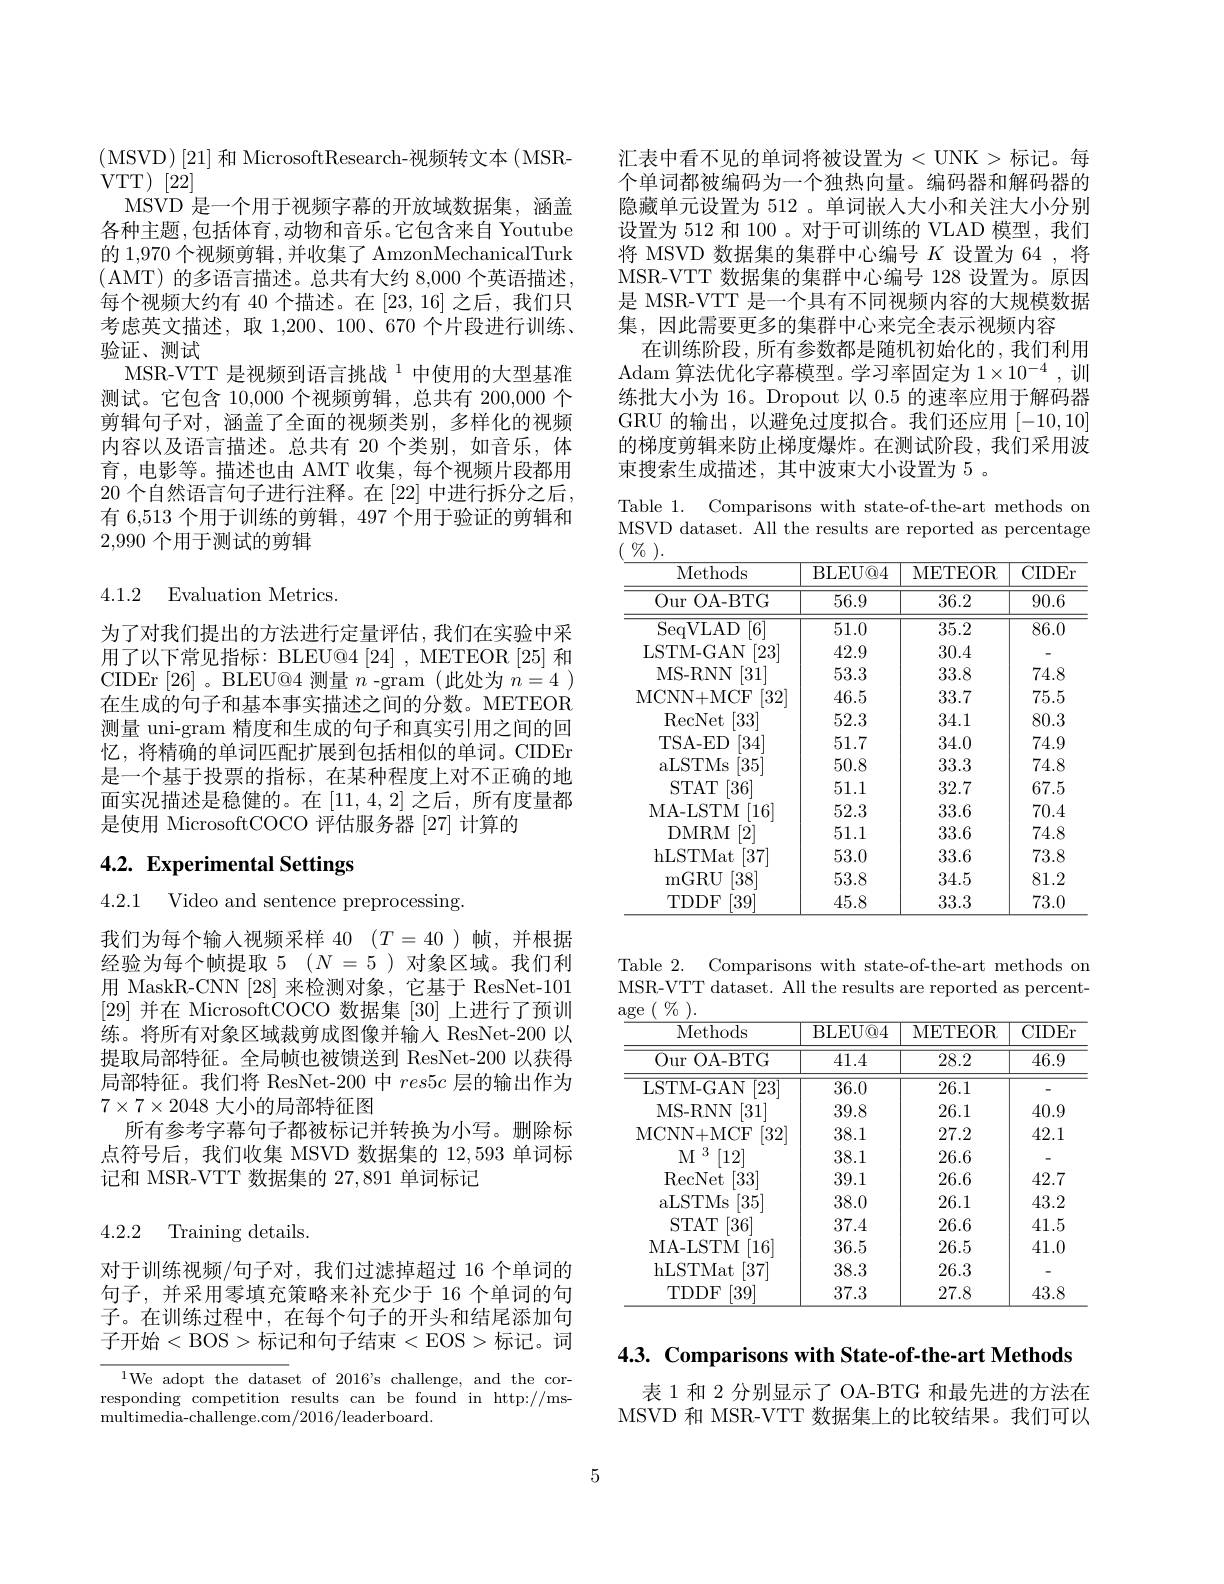
(MSVD)[21]和 MicrosoftResearch-视频转文本(MSR-
VTT$) [ 2\dot{2} ]$
MSVD 是一个用于视频字幕的开放域数据集，涵盖各种主题，包括体育，动物和音乐。它包含来自 Youtube 的 1,970 个视频剪辑 ,并收集了 AmzonMechanicalTurk (AMT)的多语言描述。总共有大约 8,000个英语描述， 每个视频大约有 40 个描述。在[23,16]之后，我们只考虑英文描述，取 1,200、100、670 个片段进行训练、 验证、测试
MSR-VTT 是视频到语言挑战$^{1}$中使用的大型基准测试。它包含10，000个视频剪辑，总共有 200,000 个剪辑句子对，涵盖了全面的视频类别，多样化的视频内容以及语言描述。总共有 20 个类别，如音乐，体育，电影等。描述也由 AMT 收集，每个视频片段都用20 个自然语言句子进行注释。在[22]中进行拆分之后， 有 6,513 个用于训练的剪辑，497 个用于验证的剪辑和2,990个用于测试的剪辑

4.1.2 Evaluation Metrics.

为了对我们提出的方法进行定量评估，我们在实验中采用了以下常见指标：BLEU@4[24], METEOR[25] 和CIDEr [26]。BLEU@4 测量$n$ -gram (此处为$n=4$ ) 在生成的句子和基本事实描述之间的分数。METEOR 测量 uni-gram 精度和生成的句子和真实引用之间的回忆，将精确的单词匹配扩展到包括相似的单词。CIDEr 是一个基于投票的指标，在某种程度上对不正确的地面实况描述是稳健的。在[11,4,2]之后，所有度量都是使用 MicrosoftCOCO 评估服务器 [27] 计算的

# 4.2. Experimental Settings

4.2.1 Video and sentence preprocessing.

我们为每个输人视频采样40 $( T= 40)$帧，并根据经验为每个帧提取 5 $(N=5$ )对象区域。我们利用 MaskR-CNN [28] 来检测对象，它基于 ResNet-101 [29]并在 MicrosoftCOCO 数据集[30]上进行了预训练。将所有对象区域裁剪成图像并输人 ResNet-200 以提取局部特征。全局帧也被馈送到 ResNet-200 以获得局部特征。我们将 ResNet-200 中$res5c$层的输出作为$7\times7\times2048$大小的局部特征图
所有参考字幕句子都被标记并转换为小写。删除标点符号后，我们收集 MSVD 数据集的 12,593 单词标记和 MSR-VTT 数据集的 27,891 单词标记

4.2.2 Training details

对于训练视频/句子对，我们过滤掉超过 16 个单词的句子，并采用零填充策略来补充少于 16 个单词的句子。在训练过程中，在每个句子的开头和结尾添加句子开始<BOS>标记和句子结束<EOS>标记。词

$^{1}$We adopt the dataset of 2016's challenge, and the corresponding competition results can be found in http://ms- ${\mathrm{multimedia-challenge.com/2016/leaderboard.}}$

汇表中看不见的单词将被设置为<UNK>标记。每个单词都被编码为一个独热向量。编码器和解码器的隐藏单元设置为 512 。单词嵌人大小和关注大小分别设置为 512 和 100 。对于可训练的 VLAD 模型，我们将 MSVD 数据集的集群中心编号$K$设置为 64 ,将MSR-VTT 数据集的集群中心编号 128 设置为。原因是 MSR-VTT 是一个具有不同视频内容的大规模数据集，因此需要更多的集群中心来完全表示视频内容
在训练阶段，所有参数都是随机初始化的，我们利用Adam 算法优化字幕模型。学习率固定为$1\times10^{-4}$,训练批大小为 16。Dropout 以 0.5 的速率应用于解码器GRU 的输出，以避免过度拟合。我们还应用[-10,10] 的梯度剪辑来防止梯度爆炸。在测试阶段，我们采用波束搜索生成描述，其中波束大小设置为 5 。

Table 1. Comparisons with state-of-the-art methods on MSVD dataset. All the results are reported as percentage

<table>
	<tbody>
		<tr>
			<th>Methods</th>
			<th>BLEU@ 4</th>
			<th>METEOR</th>
			<th>CIDEr</th>
		</tr>
		<tr>
			<td>Our OA- BTG</td>
			<td>56.9</td>
			<td>36.2</td>
			<td>90.6</td>
		</tr>
		<tr>
			<td>$[6^{.}$ SeqVLAD</td>
			<td>51.0</td>
			<td>35.2</td>
			<td>86.0</td>
		</tr>
		<tr>
			<td>LSTM- GAN [23]</td>
			<td>42.9</td>
			<td>30.4</td>
			<td>-</td>
		</tr>
		<tr>
			<td>MS- RNN [31]</td>
			<td>53.3</td>
			<td>33.8</td>
			<td>74.8</td>
		</tr>
		<tr>
			<td>MCNN+ MCF [32]</td>
			<td>46.5</td>
			<td>33.7</td>
			<td>75.5</td>
		</tr>
		<tr>
			<td>RecNet [33]</td>
			<td>52.3</td>
			<td>34.1</td>
			<td>80.3</td>
		</tr>
		<tr>
			<td>TSA-ED [34]</td>
			<td>51.7</td>
			<td>34.0</td>
			<td>74.9</td>
		</tr>
		<tr>
			<td>aLSTMs [35]</td>
			<td>50.8</td>
			<td>33.3</td>
			<td>74.8</td>
		</tr>
		<tr>
			<td>STAT [36]</td>
			<td>51.1</td>
			<td>32.7</td>
			<td>67.5</td>
		</tr>
		<tr>
			<td>MA- LSTM [16]</td>
			<td>52.3</td>
			<td>33.6</td>
			<td>70.4</td>
		</tr>
		<tr>
			<td>DMRM [2]</td>
			<td>51.1</td>
			<td>33.6</td>
			<td>74.8</td>
		</tr>
		<tr>
			<td>hLSTMat [37]</td>
			<td>53.0</td>
			<td>33.6</td>
			<td>73.8</td>
		</tr>
		<tr>
			<td>mGRU [38]</td>
			<td>53.8</td>
			<td>34.5</td>
			<td>81.2</td>
		</tr>
		<tr>
			<td>TDDF [39]</td>
			<td>45.8</td>
			<td>33.3</td>
			<td>73.0</td>
		</tr>
	</tbody>
</table>

Table 2. Comparisons with state-of-the-art methods on MSR-VTT dataset. All the results are reported as percent-

<table>
	<tbody>
		<tr>
			<th>Methods</th>
			<th>BLEU@ 4</th>
			<th>METEOR</th>
			<th>CIDEr</th>
		</tr>
		<tr>
			<td>Our OA- BTG ${\bullet}$</td>
			<td>41.4</td>
			<td>28.2</td>
			<td>46.9</td>
		</tr>
		<tr>
			<td>$\overline{[23]}$ LSTM- GAN</td>
			<td>36.0</td>
			<td>26.1</td>
			<td> </td>
		</tr>
		<tr>
			<td>MS- RNN [31]</td>
			<td>39.8</td>
			<td>26.1</td>
			<td>40.9</td>
		</tr>
		<tr>
			<td>MCNN+ MCF [32]</td>
			<td>38.1</td>
			<td>27.2</td>
			<td>42.1</td>
		</tr>
		<tr>
			<td>3 $M$ [12]</td>
			<td>38.1</td>
			<td>26.6</td>
			<td> </td>
		</tr>
		<tr>
			<td>$\left[33\right]$ RecNet</td>
			<td>39.1</td>
			<td>26.6</td>
			<td>42.7</td>
		</tr>
		<tr>
			<td>[35] aLSTMs</td>
			<td>38.0</td>
			<td>26.1</td>
			<td>43.2</td>
		</tr>
		<tr>
			<td>[36] $STAT$</td>
			<td>37.4</td>
			<td>26.6</td>
			<td>41.5</td>
		</tr>
		<tr>
			<td>[16] MA- LSTM</td>
			<td>36.5</td>
			<td>26.5</td>
			<td>41.0</td>
		</tr>
		<tr>
			<td>hLSTMat $\left[37\right]$</td>
			<td>38.3</td>
			<td>26.3</td>
			<td>-</td>
		</tr>
		<tr>
			<td>TDDF $\left[39\right]$</td>
			<td>37.3</td>
			<td>27.8</td>
			<td>43.8</td>
		</tr>
	</tbody>
</table>

4.3. Comparisons with State-of-the-art Methods

表 1 和 2 分别显示了 OA-BTG 和最先进的方法在MSVD 和 MSR-VTT 数据集上的比较结果。我们可以

5